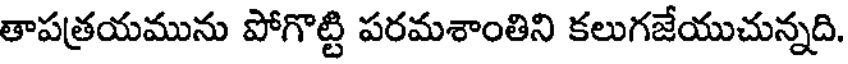
తాపత్రయమును పోగొట్టి పరమశాంతిని కలుగజేయుచున్నది.